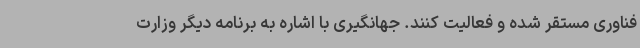
فناوری مستقر شده و فعالیت کنند. جهانگیری با اشاره به برنامه دیگر وزارت